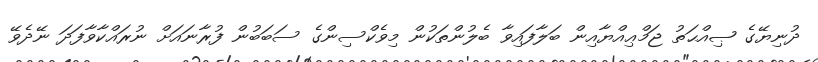
ދުނިޔޭގެ ޞިއްޙަތު ޖަމްޢިއްޔާއިން ބަލާފައިވާ ބެލުންތަކުން މިވެކްސިންގެ ސަބަބުން ފުރާނައަށް ނުރައްކާވާފަދަ ނޭދެވޭ